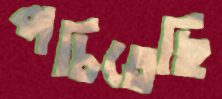
পচিতেছি